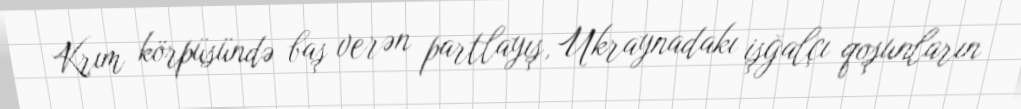
Krım körpüsündə baş verən partlayış, Ukraynadakı işğalçı qoşunların